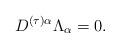
LaTeX: \begin{align*}D^{(\tau)\alpha}\Lambda_{\alpha}= 0.\end{align*}